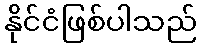
နိုင်ငံဖြစ်ပါသည်